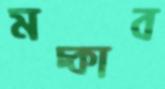
মচ্‌কাব